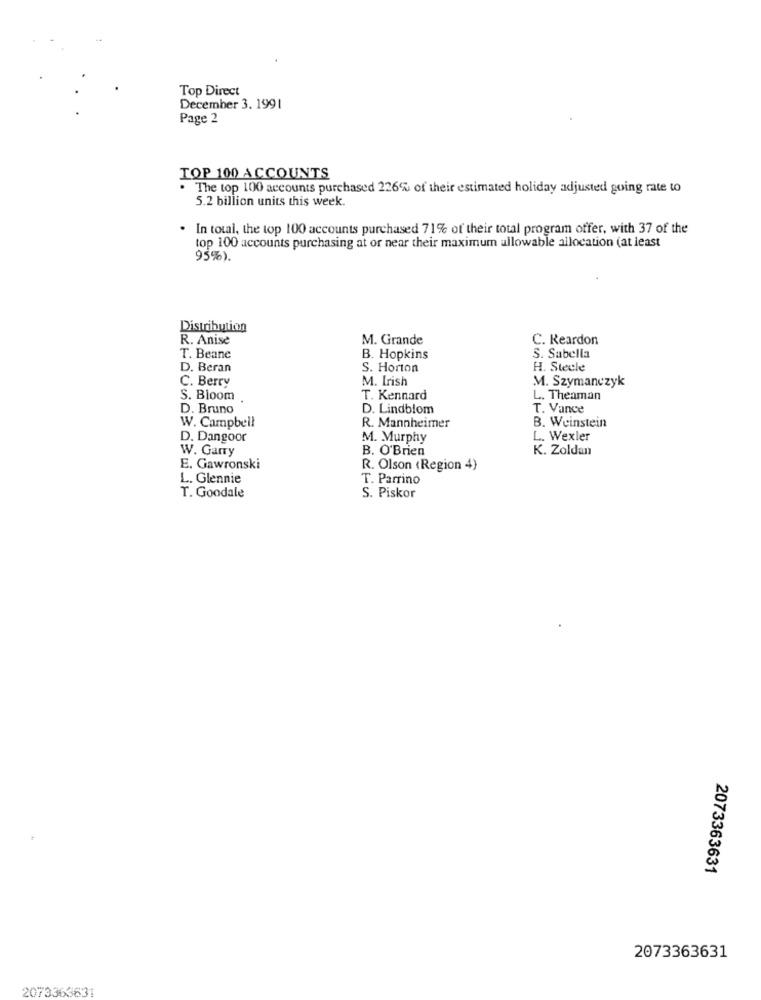
Top Direct
December 3. 1991
Page 2
TOP 100 ACCOUNTS
. The top 100 accounts purchased 226% of their estimated holiday adjusted going rate to
5.2 billion units this week.
. In total, the top 100 accounts purchased 71% of their total program offer, with 37 of the
top 100 accounts purchasing at or near their maximum allowable allocation (at least
95%).
Distribution
R. Anise
M. Grande
C. Reardon
T. Beane
B. Hopkins
S. Sabella
D. Beran
S. Horton
H. Stecle
C. Berry
M. Irish
M. Szymanczyk
S. Bioom
T. Kennard
L. Theaman
D. Bruno
D. Lindblom
T. Vance
W. Campbell
R. Mannheimer
B. Weinstein
D. Dangoor
M. Murphy
L. Wexler
W. Garry
B. O'Brien
K. Zoldan
E. Gawronski
R. Olson (Region 4}
L. Glennie
T. Parrino
T. Goodale
S. Piskor
2073363631
2073363631
2073363631